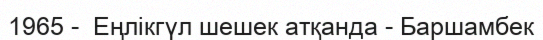
1965 -  Еңлікгүл шешек атқанда - Баршамбек